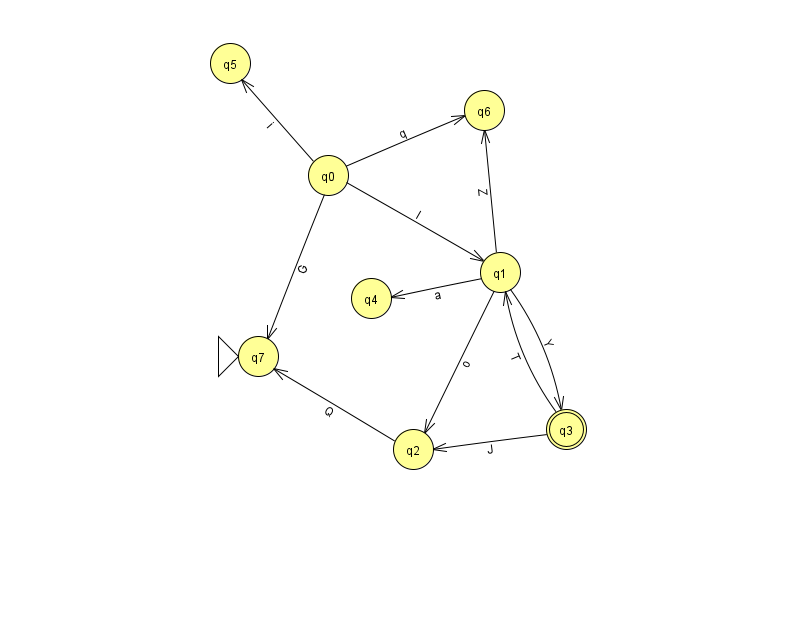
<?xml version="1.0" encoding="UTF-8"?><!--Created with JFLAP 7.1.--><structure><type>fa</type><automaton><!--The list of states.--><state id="0" name="q0"><x>328.0</x><y>162.0</y></state><state id="1" name="q1"><x>500.0</x><y>259.0</y></state><state id="2" name="q2"><x>413.0</x><y>436.0</y></state><state id="3" name="q3"><x>566.0</x><y>416.0</y><final/></state><state id="4" name="q4"><x>371.0</x><y>285.0</y></state><state id="5" name="q5"><x>230.0</x><y>50.0</y></state><state id="6" name="q6"><x>484.0</x><y>97.0</y></state><state id="7" name="q7"><x>258.0</x><y>343.0</y><initial/></state><!--The list of transitions.--><transition><from>1</from><to>3</to><read>Y</read></transition><transition><from>1</from><to>6</to><read>Z</read></transition><transition><from>1</from><to>2</to><read>o</read></transition><transition><from>1</from><to>4</to><read>a</read></transition><transition><from>0</from><to>1</to><read>I</read></transition><transition><from>0</from><to>6</to><read>q</read></transition><transition><from>3</from><to>2</to><read>J</read></transition><transition><from>0</from><to>5</to><read>i</read></transition><transition><from>3</from><to>1</to><read>T</read></transition><transition><from>2</from><to>7</to><read>Q</read></transition><transition><from>0</from><to>7</to><read>G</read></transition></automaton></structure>